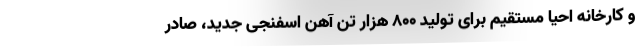
و کارخانه احیا مستقیم برای تولید 800 هزار تن آهن اسفنجی جدید، صادر